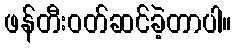
ဖန်တီးဝတ်ဆင်ခဲ့တာပါ။